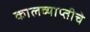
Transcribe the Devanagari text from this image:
कालव्याप्तीचे